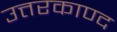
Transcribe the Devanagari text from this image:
उत्तरकाण्द